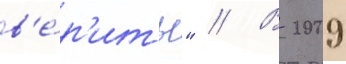
в'е́р'ить" // В 2009